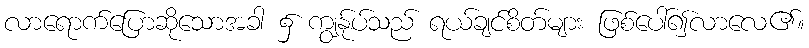
လာရောက်ပြောဆိုသောအခါ ၌ ကျွန်ုပ်သည် ရယ်ချင်စိတ်များ ဖြစ်ပေါ်၍လာလေ၏။